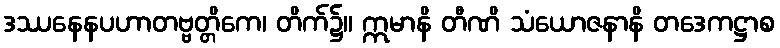
ဒဿနေနပဟာတဗ္ဗတ္တိကေ၊ တိက်၌။ ဣမာနိ တီဏိ သံယောဇနာနိ တဒေကဋ္ဌာစ